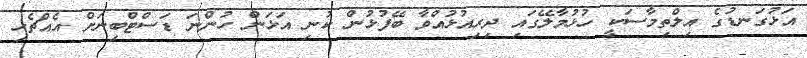
އަޅުގަނޑުގެ އިލްތިމާސަކީ ހުޅުމާލޭގައި ދިރިއުޅުއްވާ ބޭފުޅުން ކުނި އަޅަން ހުންނަ ޑަސްޓްބިނަށް އެއްޗެހި